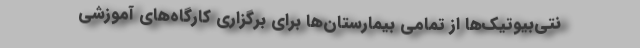
نتی‌بیوتیک‌ها از تمامی بیمارستان‌ها برای برگزاری کارگاه‌های آموزشی